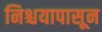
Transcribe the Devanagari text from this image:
निश्चयापासून